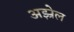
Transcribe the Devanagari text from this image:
अझ्रेल